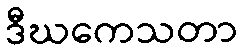
ဒီဃကေသတာ